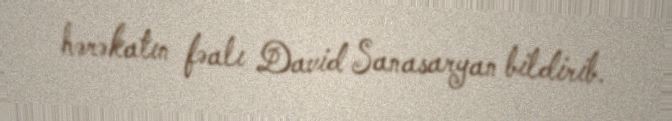
hərəkatın fəalı David Sanasaryan bildirib.